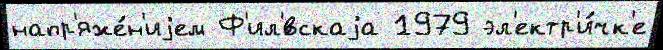
напр'яже́н'иjем Ф'ил'́вскаjа 1979 эл'ектр'и́чк'е